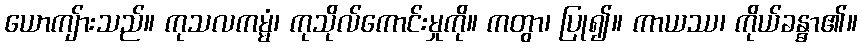
ယောကျ်ားသည်။ ကုသလကမ္မံ၊ ကုသိုလ်ကောင်းမှုကို။ ကတွာ၊ ပြု၍။ ကာယဿ၊ ကိုယ်ခန္ဓာ၏။